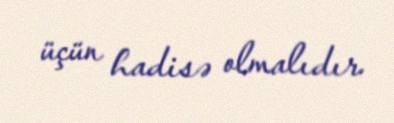
üçün hadisə olmalıdır.